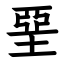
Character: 堊